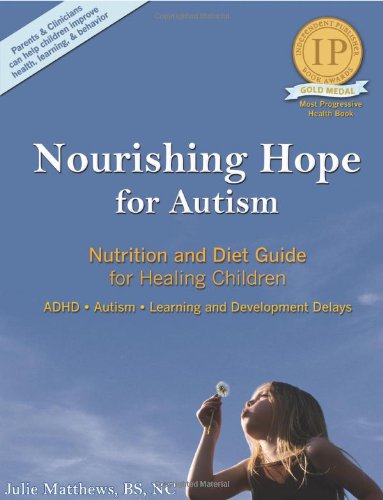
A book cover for Nourishing Hope for Autism: Nutrition and Diet Guide for Healing Our Children [Perfect Paperback]; Julie Matthews; Health, Fitness & Dieting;